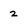
Character: 2